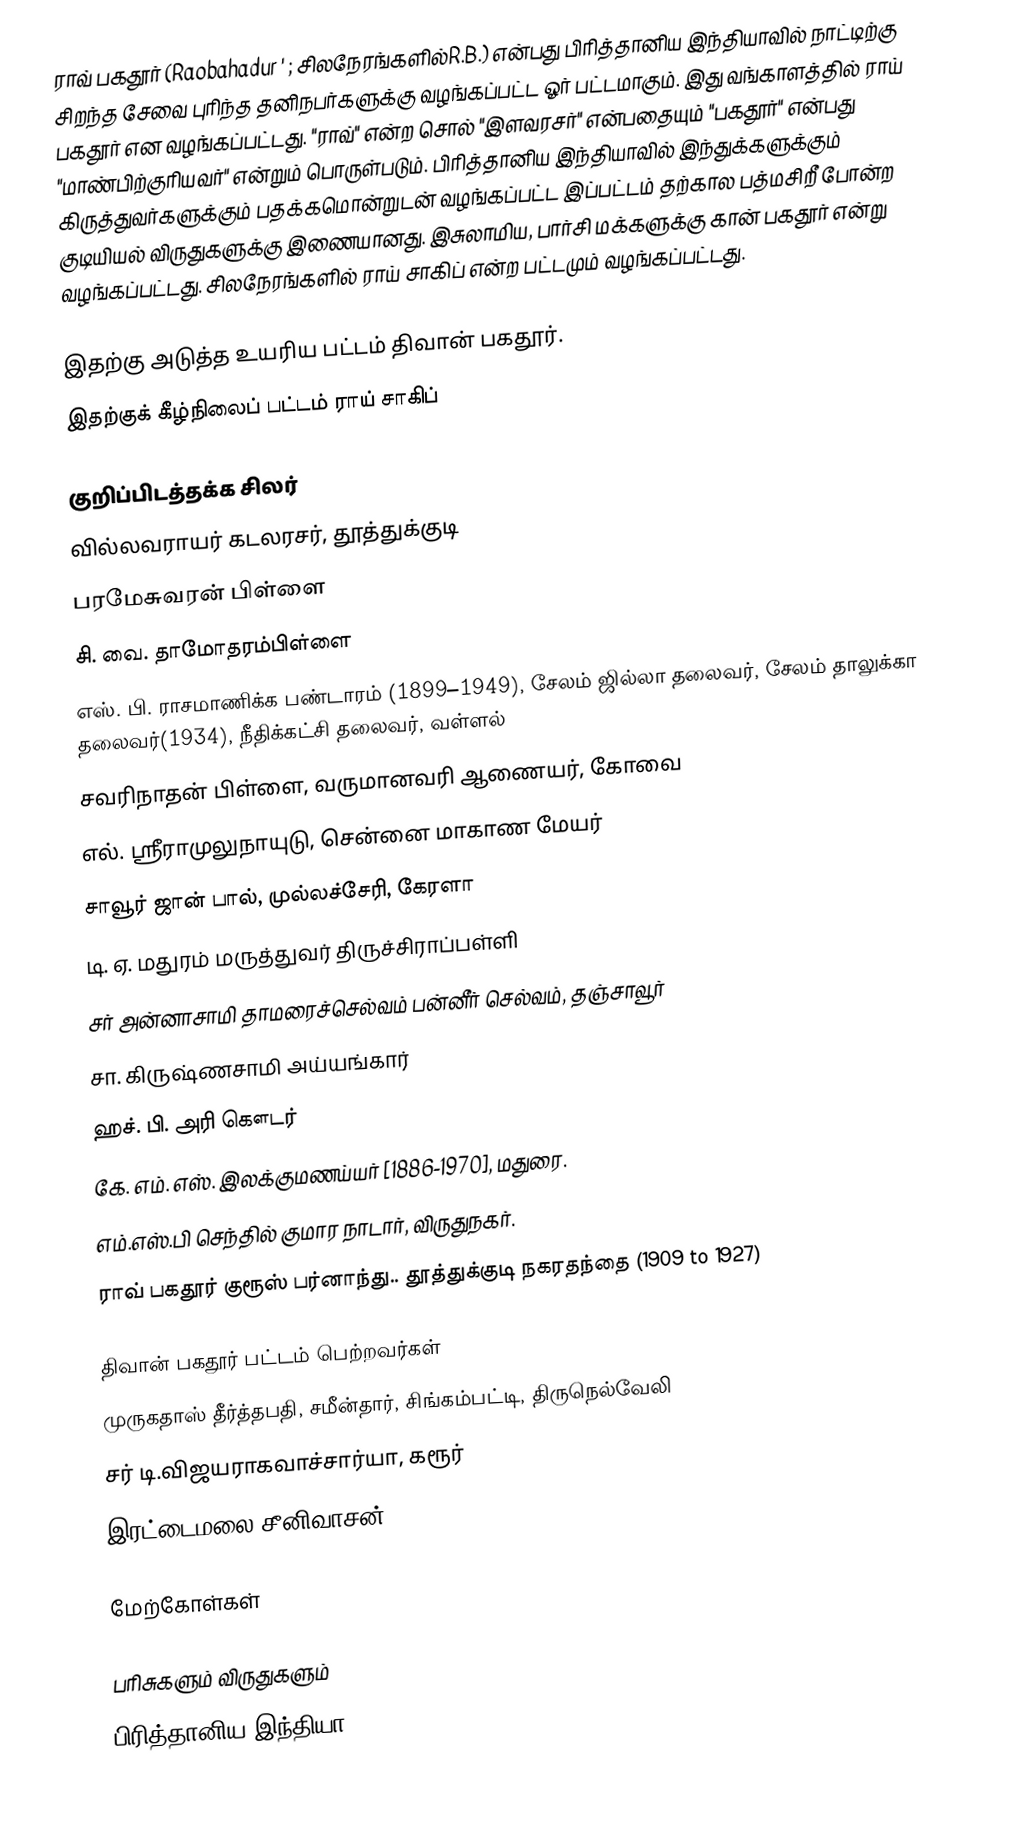
ராவ் பகதூர் (Raobahadur ' ; சிலநேரங்களில்R.B.) என்பது பிரித்தானிய இந்தியாவில் நாட்டிற்கு சிறந்த சேவை புரிந்த தனிநபர்களுக்கு வழங்கப்பட்ட ஓர் பட்டமாகும். இது வங்காளத்தில் ராய் பகதூர் என வழங்கப்பட்டது. "ராவ்" என்ற சொல் "இளவரசர்" என்பதையும் "பகதூர்" என்பது "மாண்பிற்குரியவர்" என்றும் பொருள்படும். பிரித்தானிய இந்தியாவில் இந்துக்களுக்கும் கிருத்துவர்களுக்கும் பதக்கமொன்றுடன் வழங்கப்பட்ட இப்பட்டம் தற்கால பத்மசிறீ போன்ற குடியியல் விருதுகளுக்கு இணையானது. இசுலாமிய, பார்சி மக்களுக்கு கான் பகதூர் என்று வழங்கப்பட்டது. சிலநேரங்களில் ராய் சாகிப் என்ற பட்டமும் வழங்கப்பட்டது.

இதற்கு அடுத்த உயரிய பட்டம் திவான் பகதூர்.
இதற்குக் கீழ்நிலைப் பட்டம் ராய் சாகிப்

குறிப்பிடத்தக்க சிலர்
வில்லவராயர் கடலரசர், தூத்துக்குடி
பரமேசுவரன் பிள்ளை
 சி. வை. தாமோதரம்பிள்ளை
எஸ். பி. ராசமாணிக்க பண்டாரம்  (1899–1949), சேலம் ஜில்லா தலைவர், சேலம் தாலுக்கா தலைவர்(1934), நீதிக்கட்சி தலைவர், வள்ளல்
சவரிநாதன் பிள்ளை, வருமானவரி ஆணையர், கோவை
எல். ஸ்ரீராமுலுநாயுடு, சென்னை மாகாண மேயர்
சாவூர் ஜான் பால், முல்லச்சேரி, கேரளா
 டி. ஏ. மதுரம் மருத்துவர் திருச்சிராப்பள்ளி
 சர் அன்னாசாமி தாமரைச்செல்வம் பன்னீர் செல்வம், தஞ்சாவூர்
சா. கிருஷ்ணசாமி அய்யங்கார்
 ஹச். பி. அரி கௌடர்
கே. எம். எஸ். இலக்குமணய்யர் [1886-1970], மதுரை.
எம்.எஸ்.பி செந்தில் குமார நாடார், விருதுநகர்.
ராவ் பகதூர் குரூஸ் பர்னாந்து.. தூத்துக்குடி நகரதந்தை (1909 to 1927)

திவான் பகதூர் பட்டம் பெற்றவர்கள்
 முருகதாஸ் தீர்த்தபதி, சமீன்தார், சிங்கம்பட்டி, திருநெல்வேலி
 சர் டி.விஜயராகவாச்சார்யா, கரூர்
இரட்டைமலை சீனிவாசன்

மேற்கோள்கள்

பரிசுகளும் விருதுகளும்
பிரித்தானிய இந்தியா